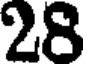
28